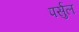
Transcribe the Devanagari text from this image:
पर्सुल